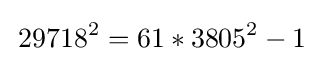
\,29718^{2}=61*3805^{2}-1